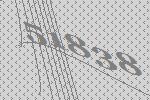
51838